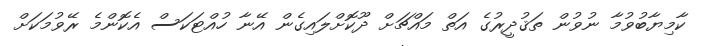
ކާމިޔާބުވުމާ ނުވުން ތަޤުދީރުގެ އަތް މައްޗަށް ދޫކޮށްލައިގެން އޭނާ ހުއްޓަކަސް އެކޮންމެ ރޭވުމަކަށް